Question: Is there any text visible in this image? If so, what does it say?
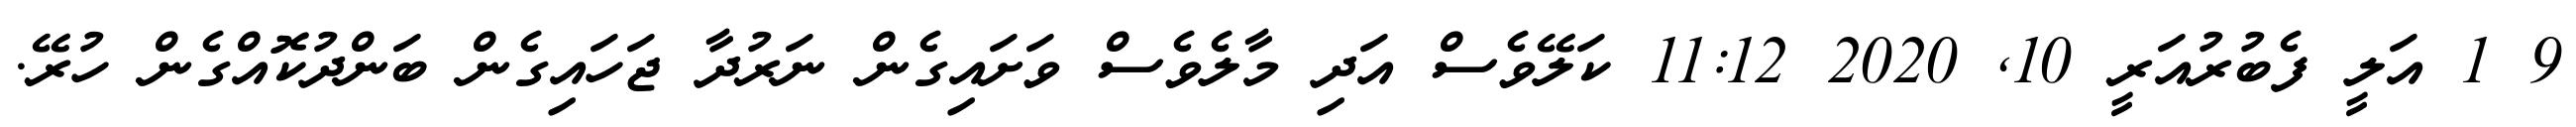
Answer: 9 1 އަލީ ފެބުރުއަރީ 10, 2020 11:12 ކަލޭވެސް އަދި މާލެވެސް ވަށައިގެން ނަރުދާ ޖަހައިގެން ބަންދުކޮއްގެން ހުރޭ.